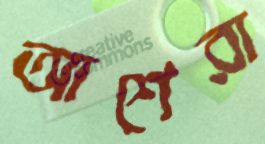
আশেরা